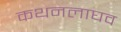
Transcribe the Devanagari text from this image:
कथनलाघव